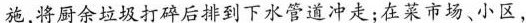
施,将厨余垃圾打碎后排到下水管道冲走：在菜市场、小区，